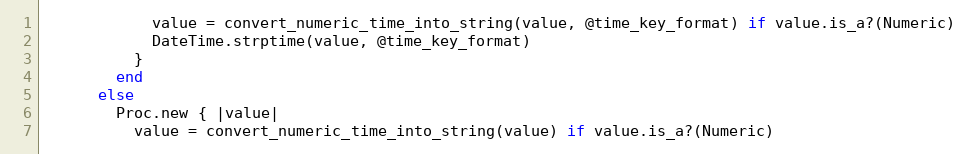
Language: Ruby
            value = convert_numeric_time_into_string(value, @time_key_format) if value.is_a?(Numeric)
            DateTime.strptime(value, @time_key_format)
          }
        end
      else
        Proc.new { |value|
          value = convert_numeric_time_into_string(value) if value.is_a?(Numeric)